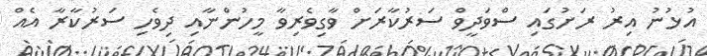
އުޅުނު އިރު ރަށުގައި ސްވަދީވް ސަރުކާރަށް ވާގިވެރިވާ މީހުންނާއި ދިވެހި ސަރުކާރާ އެއް